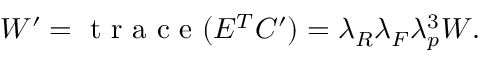
\begin{array} { r } { W ^ { \prime } = \mathrm { ~ t ~ r ~ a ~ c ~ e ~ } ( E ^ { T } C ^ { \prime } ) = \lambda _ { R } \lambda _ { F } \lambda _ { p } ^ { 3 } W . } \end{array}